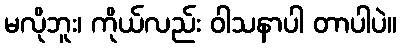
မလိုဘူး၊ ကိုယ်လည်း ဝါသနာပါ တာပါပဲ။